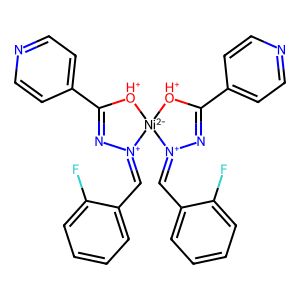
SMILES: Fc1ccccc1C=[N+]1N=C(c2ccncc2)[OH+][Ni-2]12[OH+]C(c1ccncc1)=N[N+]2=Cc1ccccc1F
Inhibits HIV replication: No